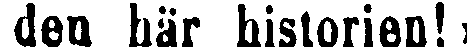
den här historien!»